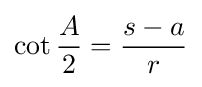
\cot {\frac {A}{2}}={\frac {s-a}{r}}